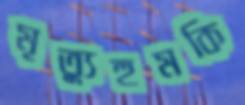
মৃত্যুহুমকি